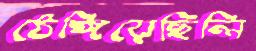
ঠেঙ্গিয়েছিলি